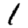
Digit: 1